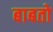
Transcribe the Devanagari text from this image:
बाबतो